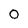
Character: 0